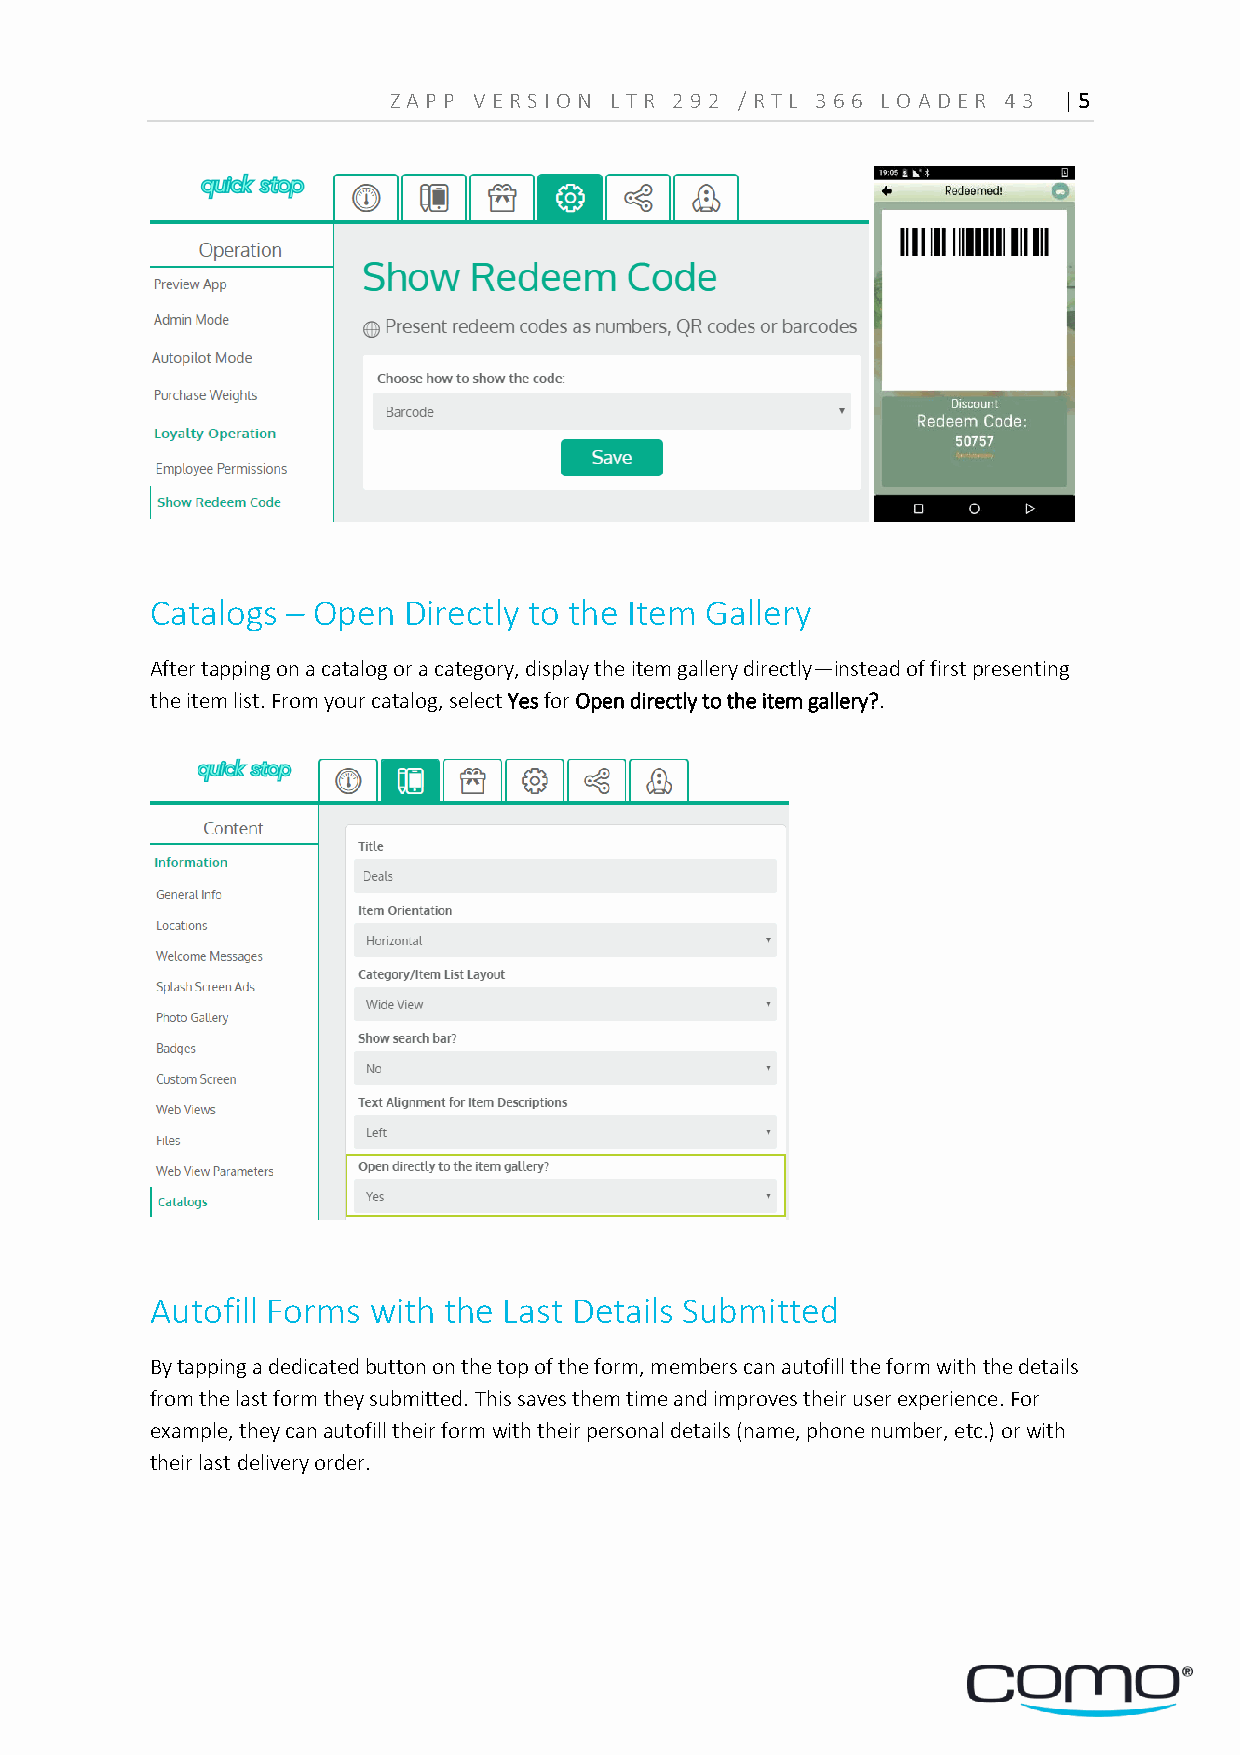
Z A PP VERS ION L TR 29 2 /RTL 36 6 LOA D ER 4 3 | 5
 Catalogs – Open  Directly to the Item Gallery
 After tapping on a catalog or a category, display the item gallery directly—instead of first presenting
 the item list. From your catalog, select Yes for Open directly to the item gallery?.
 Autofill Forms with the Last Details Submitted
 By tapping a dedicated button on the top of the form, members can autofill the form with the details
 from the last form they submitted. This saves them time and improves their user experience. For
 example, they can autofill their form with their personal details (name, phone number, etc.) or with
 their last delivery order.